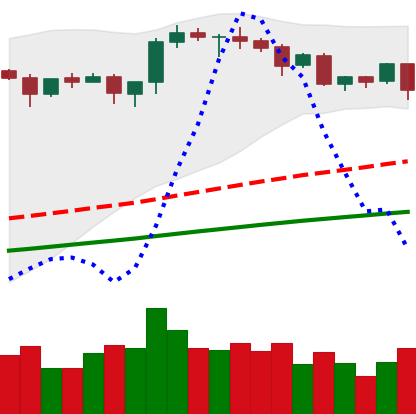
Ticker: ETH-USD
Chart end date: 2020-08-25
Forward return: 11.561%
Label: up_7plus